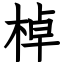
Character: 棹